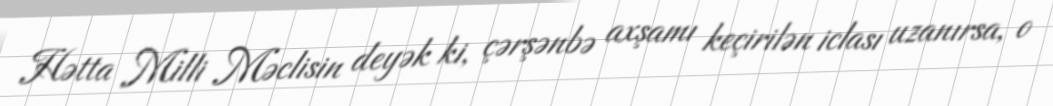
Hətta Milli Məclisin deyək ki, çərşənbə axşamı keçirilən iclası uzanırsa, o